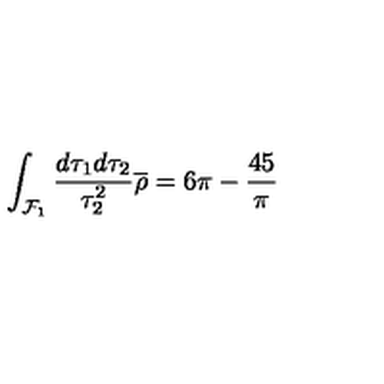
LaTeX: \int _ { { \cal F } _ { 1 } } \frac { d \tau _ { 1 } d \tau _ { 2 } } { \tau _ { 2 } ^ { 2 } } \overline { { \rho } } = 6 \pi - \frac { 4 5 } { \pi }